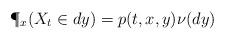
LaTeX: \begin{align*}\P_x(X_t\in dy)=p(t,x,y) \nu(dy)\end{align*}